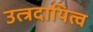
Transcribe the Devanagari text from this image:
उत्त्रदायित्व